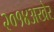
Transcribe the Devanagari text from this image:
२०१४अखेर